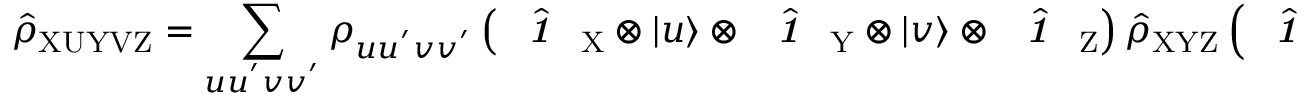
\hat { \rho } _ { \mathrm { X U Y V Z } } = \sum _ { u u ^ { ' } v v ^ { ' } } \rho _ { u u ^ { ' } v v ^ { ' } } \left( \hat { \textbf { \textit { 1 } } \, } _ { \! \mathrm { X } } \otimes | u \rangle \otimes \hat { \textbf { \textit { 1 } } \, } _ { \! \mathrm Y } \otimes | v \rangle \otimes \hat { \textbf { \textit { 1 } } \, } _ { \! \mathrm Z } \right) \hat { \rho } _ { \mathrm { X Y Z } } \left( \hat { \textbf { \textit { 1 } } \, } _ { \! \mathrm { X } } \otimes \langle u ^ { ' } | \otimes \hat { \textbf { \textit { 1 } } \, } _ { \! \mathrm Y } \otimes \langle v ^ { ' } | \otimes \hat { \textbf { \textit { 1 } } \, } _ { \! \mathrm Z } \right)